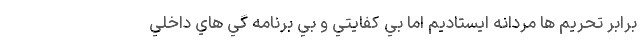
برابر تحريم ها مردانه ايستاديم اما بي كفايتي و بي برنامه گي هاي داخلي